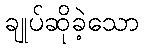
ချုပ်ဆိုခဲ့သော